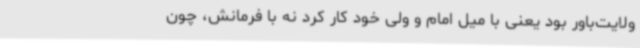
ولایت‌باور بود یعنی با میل امام و ولی خود کار کرد نه با فرمانش، چون